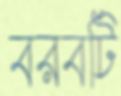
বরবটি